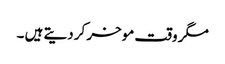
مگر وقت موخر کر دیتے ہیں ۔